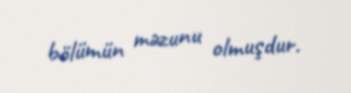
bölümün məzunu olmuşdur.